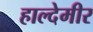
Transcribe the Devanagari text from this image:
हाल्देमीर